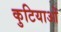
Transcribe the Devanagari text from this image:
कुटियाओं